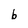
Character: b